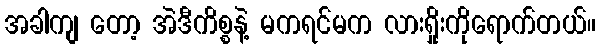
အခါကျ တော့ အဲဒီကိစ္စနဲ့ မကရင်မက လားရှိုးကိုရောက်တယ်။